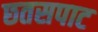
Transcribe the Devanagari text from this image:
छतसपाट